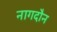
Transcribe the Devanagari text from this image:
नागदौन